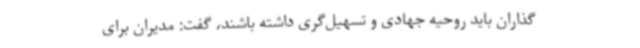
گذاران باید روحیه جهادی و تسهیل‌گری داشته باشند، گفت: مدیران برای